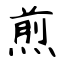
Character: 煎